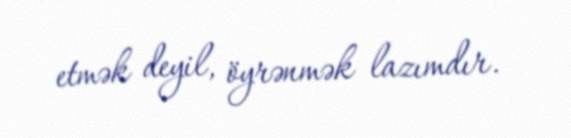
etmək deyil, öyrənmək lazımdır.